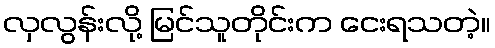
လှလွန်းလို့ မြင်သူတိုင်းက ငေးရသတဲ့။